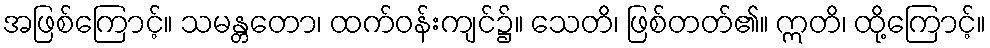
အဖြစ်ကြောင့်။ သမန္တတော၊ ထက်ဝန်းကျင်၌။ သေတိ၊ ဖြစ်တတ်၏။ ဣတိ၊ ထို့ကြောင့်။